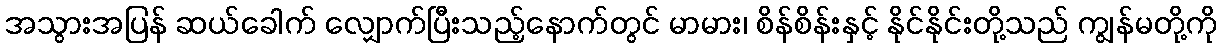
အသွားအပြန် ဆယ်ခေါက် လျှောက်ပြီးသည့်နောက်တွင် မာမား၊ စိန်စိန်းနှင့် နိုင်နိုင်းတို့သည် ကျွန်မတို့ကို